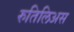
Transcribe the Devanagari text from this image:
रुतिलिअस